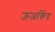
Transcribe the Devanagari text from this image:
ऊर्जाकेंद्र